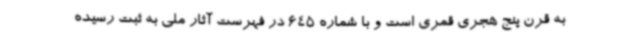
به قرن پنج هجری قمری است و با شماره 645 در فهرست آثار ملی به ثبت رسیده